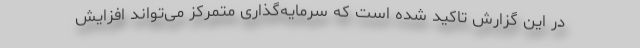
در این گزارش تاکید شده است که سرمایه‌گذاری متمرکز می‌تواند افزایش